Note on the mental hospitals in Burma - 1925-1940
Year: 1925
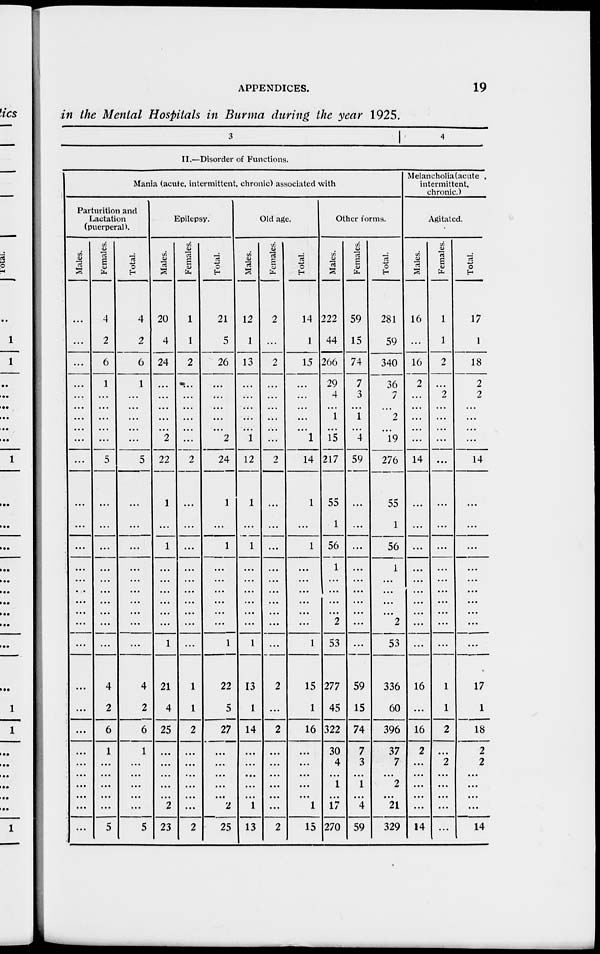
APPENDICES.
19
in the Mental Hospitals in Burma during the year 1925.
3
4
II.—Disorder of Functions.
Mania (acute, intermittent, chronic) associated with
Parturition and
Lactation
(puerperal).
Males.
...
...
...
...
...
...
...
...
...
...
...
...
...
...
...
...
...
...
...
...
...
...
...
...
...
...
...
...
...
...
Females.
4
2
6
1
...
...
...
...
...
5
...
...
...
...
...
...
...
...
...
...
4
2
6
1
...
...
...
...
...
5
Total.
4
2
6
1
...
...
...
...
...
5
...
...
...
...
...
...
...
...
...
...
4
2
6
1
...
...
...
...
...
5
Epilepsy.
Males.
20
4
24
...
...
...
...
...
2
22
1
...
1
...
...
...
...
...
...
1
21
4
25
...
...
...
...
...
2
23
Females.
1
1
2
...
...
...
...
...
...
2
...
...
...
...
...
...
...
...
...
...
1
1
2
...
...
...
...
...
...
2
Total.
21
5
26
...
...
...
...
...
2
24
1
...
1
...
...
...
...
...
...
1
22
5
27
...
...
...
...
...
2
25
Old age.
Males.
12
1
13
...
...
...
...
...
1
12
1
...
1
...
...
...
...
...
...
1
13
1
14
...
...
...
...
...
1
13
Females.
2
...
2
...
...
...
...
...
...
2
...
...
...
...
...
...
...
...
...
...
2
...
2
...
...
...
...
...
...
2
Total.
14
1
15
...
...
...
...
...
1
14
1
...
1
...
...
...
...
...
...
1
15
1
16
...
...
...
...
...
1
15
Other forms.
Males.
222
44
266
29
4
...
1
...
15
217
55
1
56
1
...
...
...
...
2
53
277
45
322
30
4
...
1
...
17
270
Females.
59
15
74
7
3
...
1
...
4
59
...
...
...
...
...
...
...
...
...
...
59
15
74
7
3
...
1
...
4
59
Total.
281
59
340
36
7
...
2
...
19
276
55
1
56
1
...
...
...
...
2
53
336
60
396
37
7
...
2
...
21
329
Melancholia(acute
intermittent,
chronic.)
Agitated.
Males.
16
...
16
2
...
...
...
...
...
14
...
...
...
...
...
...
...
...
...
...
16
...
16
2
...
...
...
...
...
14
Females.
1
1
2
...
2
...
...
...
...
...
...
...
...
...
...
...
...
...
...
...
1
1
2
...
2
...
...
...
...
...
Total.
17
1
18
2
2
...
...
...
...
14
...
...
...
...
...
...
...
...
...
...
17
1
18
2
2
...
...
...
...
14